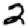
Digit: 2